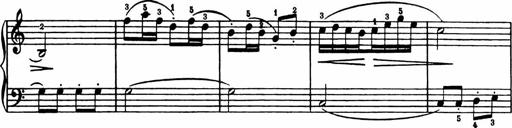
Title: Analytical Sonatinas
Composer: Frank Lynes